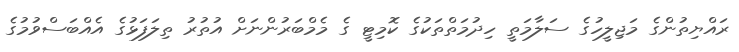
ރައްޔިތުންގެ މަޖިލީހުގެ ސަލާމަތީ ހިދުމަތްތަކުގެ ކޮމިޓީ ގެ މެމްބަރުންނަށް އުތުރު ތިލަފަޅުގެ އެއްބަސްވުމުގެ